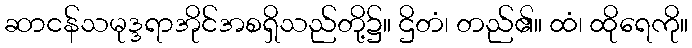
ဆာငန်သမုဒ္ဒရာအိုင်အစရှိသည်တို့၌။ ဌိတံ၊ တည်၏။ ထံ၊ ထိုရေကို။